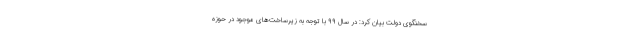
سخنگوی دولت بیان کرد: در سال ۹۹ با توجه به زیرساخت‌های موجود در حوزه